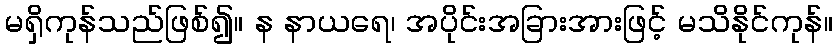
မရှိကုန်သည်ဖြစ်၍။ န နာယရေ၊ အပိုင်းအခြားအားဖြင့် မသိနိုင်ကုန်။